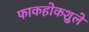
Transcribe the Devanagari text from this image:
फाकहोकशुले